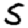
Digit: 5